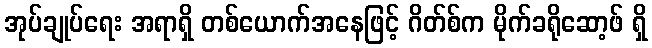
အုပ်ချုပ်ရေး အရာရှိ တစ်ယောက်အနေဖြင့် ဂိတ်စ်က မိုက်ခရိုဆော့ဖ် ရှိ